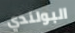
البولندي